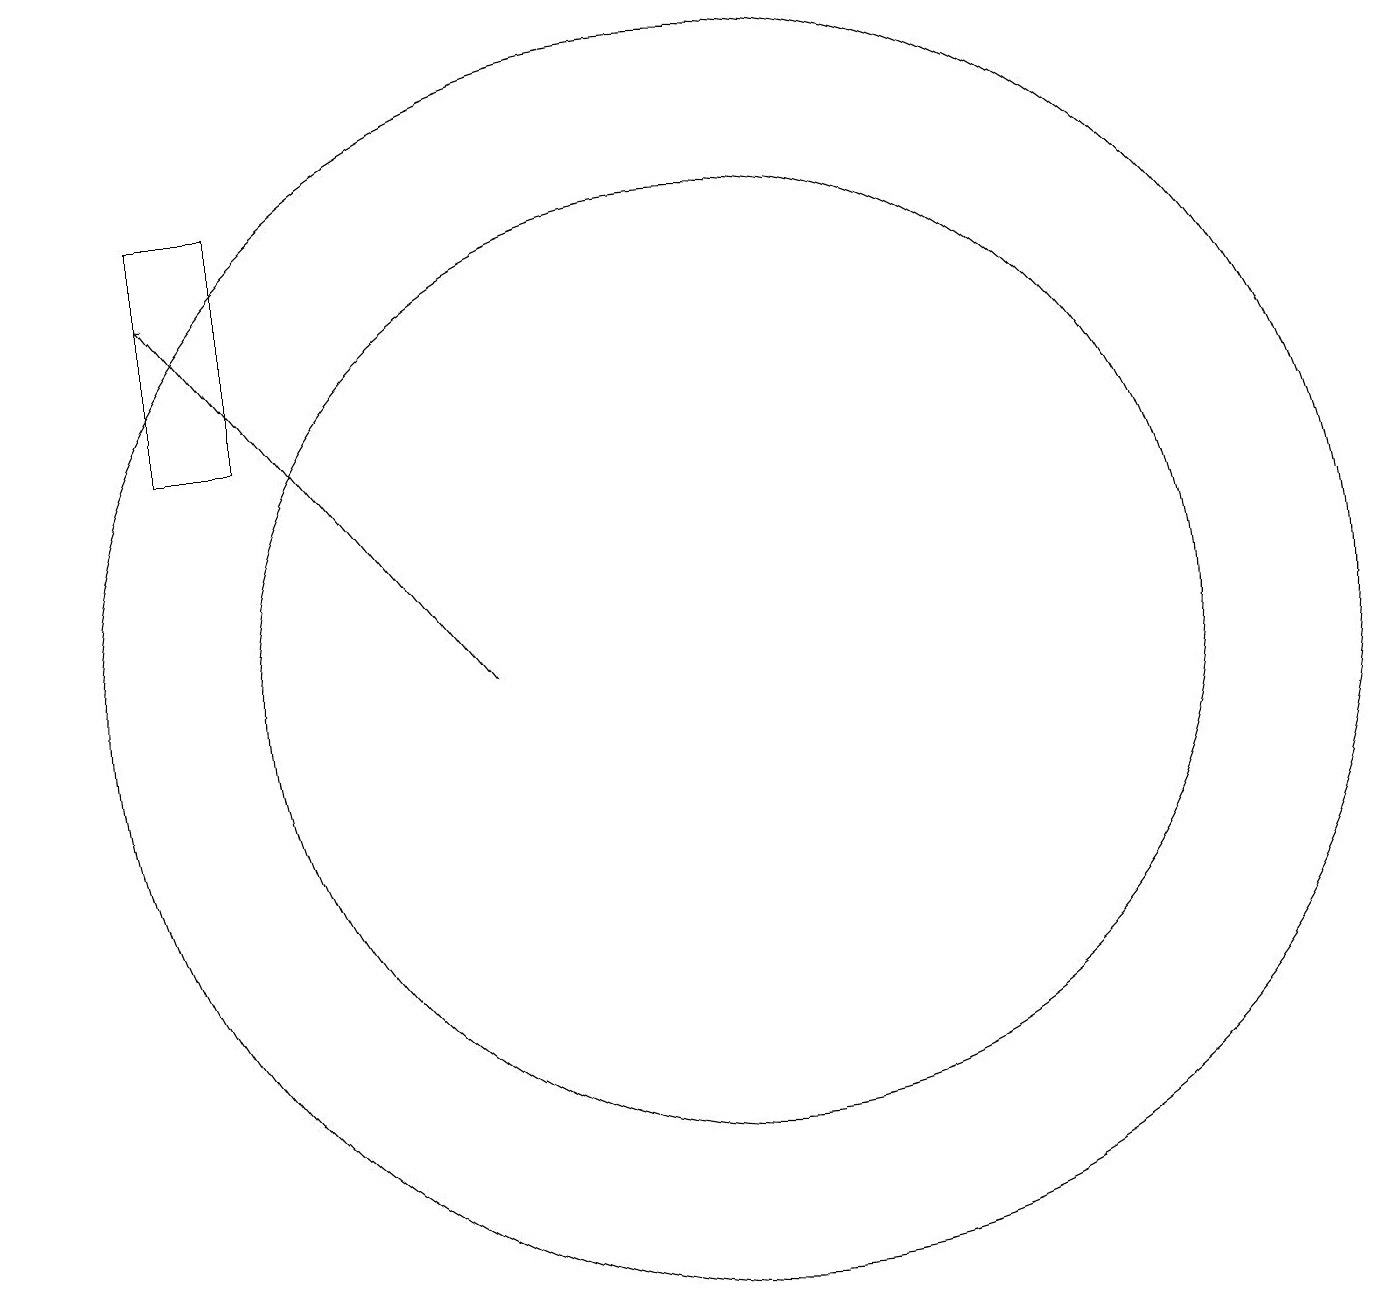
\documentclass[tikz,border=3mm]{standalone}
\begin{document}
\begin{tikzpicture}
\draw (5,14) rectangle (4,17);
\draw[->] (8,11) -- (4,16);
\draw (11,11) circle (6);
\draw (11,11) circle (8);
\draw (2,14) rectangle (2,14);
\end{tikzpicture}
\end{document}